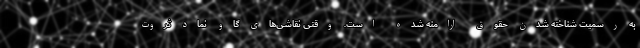
به رسمیت شناخته شدن حقوق ارامنه شده است. وقتی نقاشی‌های گاو نماد ثروت